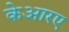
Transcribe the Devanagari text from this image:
केआरए